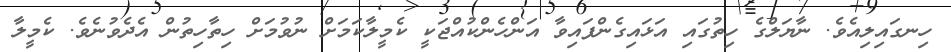
ހިނގައިލިއެވެ. ނާޔަލްގެ ހިތުގައި އަޅައިގެންފައިވާ އަންހެންކުއްޖަކީ ކެމީލާކަމަށް ނުވުމަށް ހިތާހިތުން އެދެވުނެވެ. ކެމީލާ